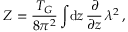
{ \cal Z } = \frac { T _ { G } } { 8 \pi ^ { 2 } } \int \! \mathrm { d } z \, \frac { \partial } { \partial z } \, \lambda ^ { 2 } \, ,